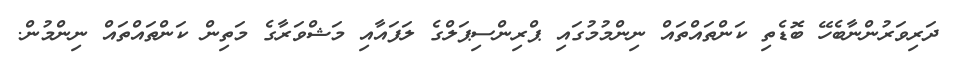
ދަރިވަރުންނާބެހޭ ބޮޑެތި ކަންތައްތައް ނިންމުމުގައި ޕްރިންސިޕަލްގެ ލަފައާއި މަޝްވަރާގެ މަތިން ކަންތައްތައް ނިންމުން.